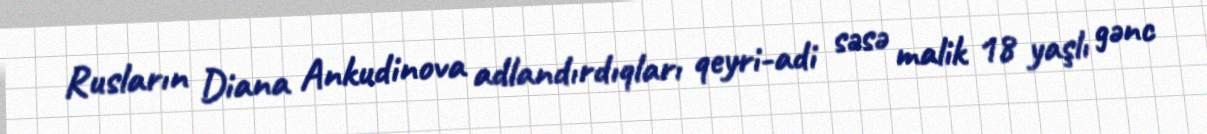
Rusların Diana Аnkudinova adlandırdıqları qeyri-adi səsə malik 18 yaşlı gənc